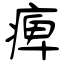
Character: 痺